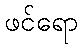
ဖင်ရော